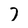
Character: 7